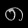
Digit: ၈